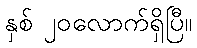
နှစ် ၂၀လောက်ရှိပြီ။